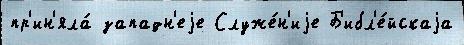
пр'ин'яла́ западн'еjе Служе́н'иjе Б'ибл'е́йскаjа